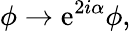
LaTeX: \phi\rightarrow\mathrm{e}^{2i\alpha}\phi,